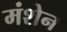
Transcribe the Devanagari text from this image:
मंशेन